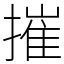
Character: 摧